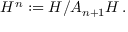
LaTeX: { \cal H } ^ { n } : = { \cal H } / { \cal A } _ { n + 1 } { \cal H } \, .